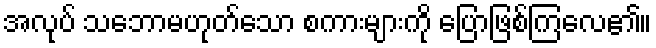
အလုပ် သဘောမဟုတ်သော စကားများကို ပြောဖြစ်ကြလေ၏။